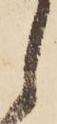
し